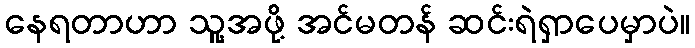
နေရတာဟာ သူ့အဖို့ အင်မတန် ဆင်းရဲရှာပေမှာပဲ။